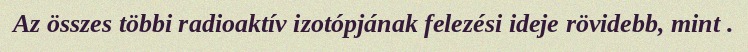
Az összes többi radioaktív izotópjának felezési ideje rövidebb, mint .